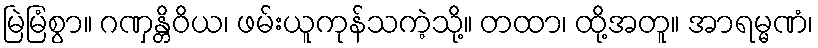
မြဲမြံစွာ။ ဂဏှန္တိဝိယ၊ ဖမ်းယူကုန်သကဲ့သို့။ တထာ၊ ထို့အတူ။ အာရမ္မဏံ၊